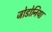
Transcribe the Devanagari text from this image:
जोडोनिया